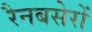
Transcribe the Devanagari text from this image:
रैनबसेरों